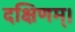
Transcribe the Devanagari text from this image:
दक्षिणम्।